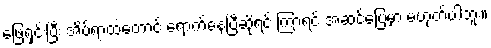
ဖြေရှင်းပြီး အိပ်ရာထဲတောင် ရောက်နေပြီဆိုရင် ကြာရင် အဆင်ပြေမှာ မဟုတ်ပါဘူး။